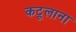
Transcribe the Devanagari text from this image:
कटूलाना